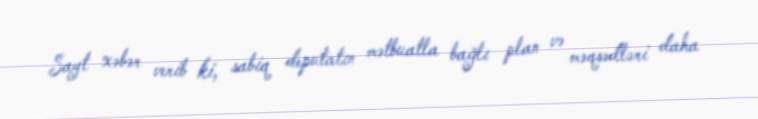
Sayt xəbər verib ki, sabiq deputatın mətbuatla bağlı plan və məqsədləri daha